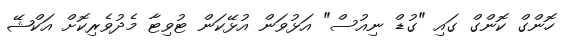
ހޮންގް ކޮންގް ގައި "ގުޑް ނިއުސް" އަޅުވަން އުޅޭކަން ޓުވިޓާ މެދުވެރިކޮށް އަކްޝޭ